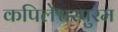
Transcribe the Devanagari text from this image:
कपिलेश्वरपुरम